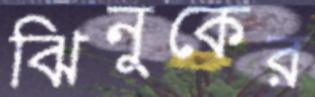
ঝিনুকের